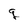
Character: g